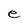
Character: e